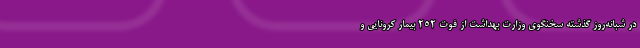
در شبانه‌روز گذشته سخنگوی وزارت بهداشت از فوت ۲۵۲ بیمار کرونایی و